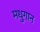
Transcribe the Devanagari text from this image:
मधुगान